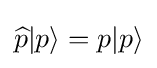
{\widehat {p}}|p\rangle =p|p\rangle